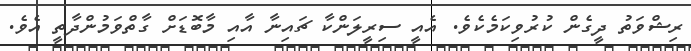
ރިޝްވަތު ދީގެން ކުރުވިކަމެކެވެ. އެއީ ސިރީލަންކާ ޗައިނާ އާއި މާބޮޑަށް ގާތްވަމުންދާތީ އެވެ.